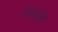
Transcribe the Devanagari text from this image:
रोबोटी